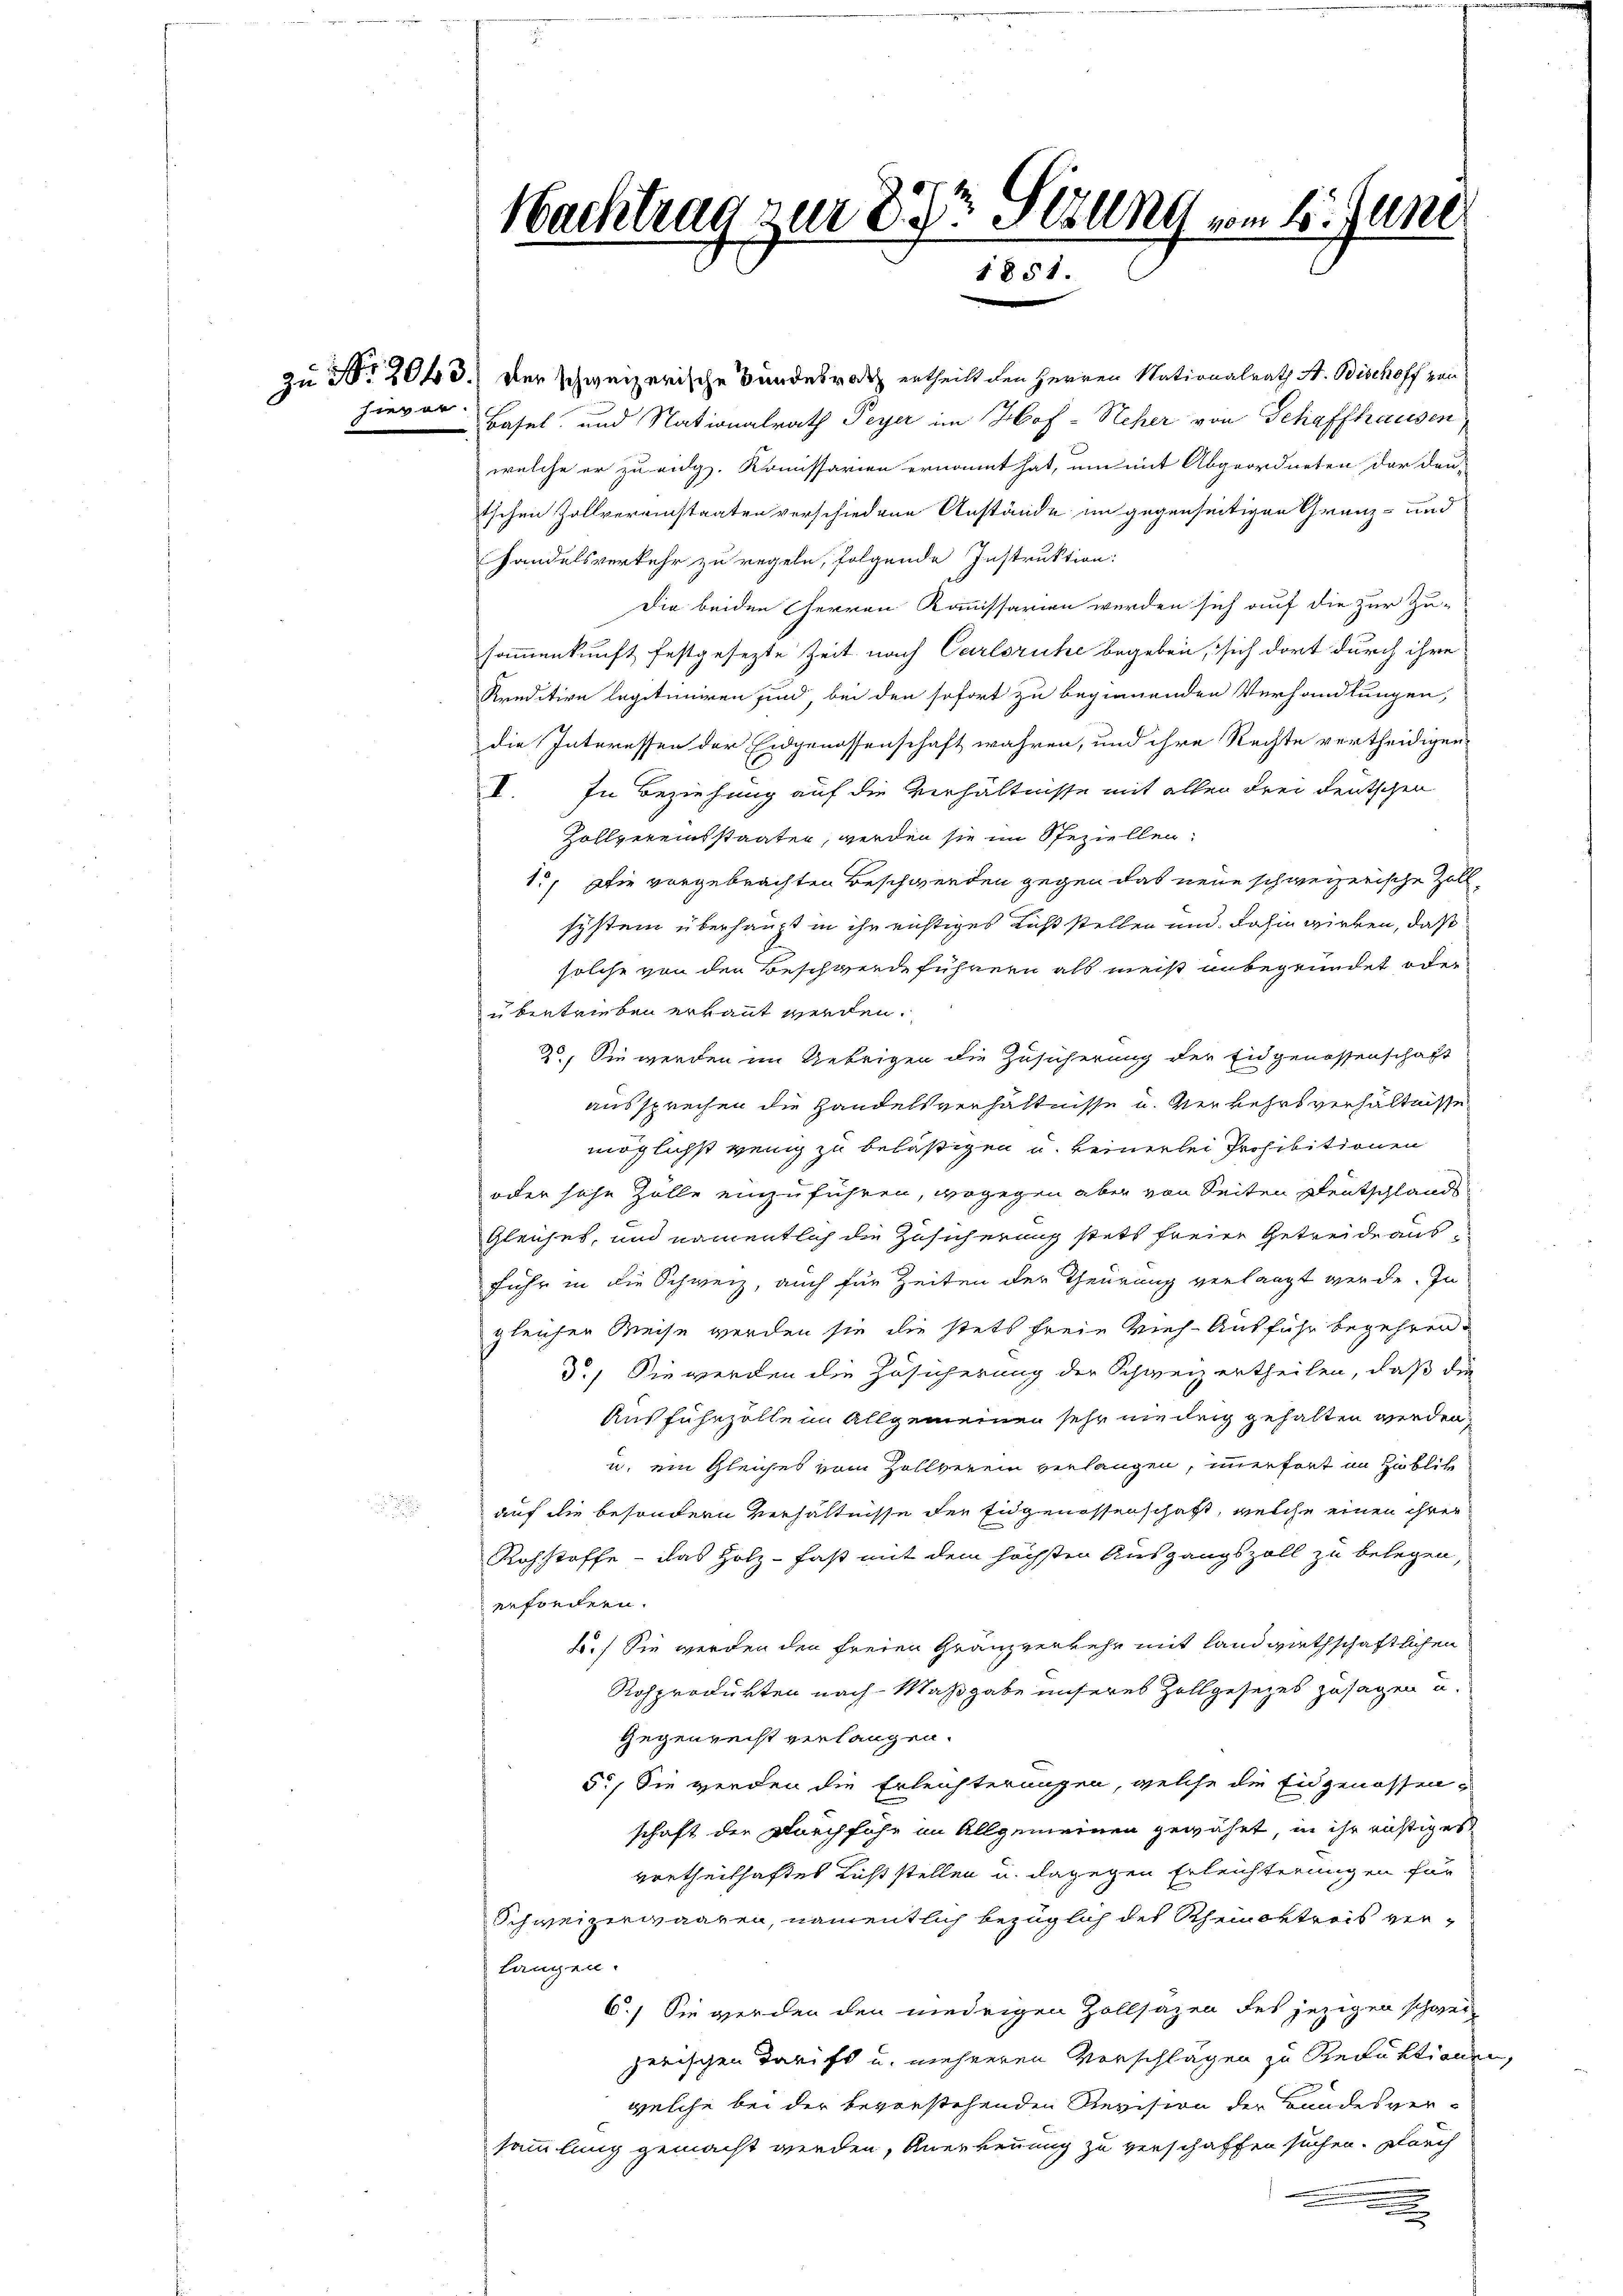
.

hievor Basel und Nationalrath Peyer im Hof-Neher von Schaffhausen,
welche er zu eidg. Kommissarien ernannt hat, um mit Abgeordneten der den
tschen Zollvereinstaaten verschiedene Anstände im gegenseitigen Grenz- und
handelsverkehr zu regeln, folgende Instruktion:
Die beiden Herren Kommissarien werden sich auf die zur Zu-
sammenkunft festgesezte Zeit nach Carlsruhe begeben, sich dort durch ihre
Kreditive legitimiren sind, bei den sofort zu beginnenden Verhandlungen,
die Interessen der Eidgenossenschaft wahren, und ihre Rechte vertheidigen
V. In Beziehung auf die Verhältnisse mit allen drei deutschen
Zollvereinsstaaten, werden sie im Speziellen,
1., Die vorgebrachten Beschwerden gegen das neue schweizerische Zoll
system überhaupt in ihr richtiges Lust stellen und dahin wirken, daß
solche von den Beschwerde führern als meist unbegründet, oder
ubertrieben erkannt werden.
25. Sie werden im Uebrigen die Zusicherung der Eidgenossenschaft
aussprechen die Handelsverhältnisse u. Verkehrsverhältnisse
möglichst wenig zu belästigen u. keinerlei Prohibitionen
oder sehe Zölle einzuführen, wogegen aber von Seiten Deutschlands
Gleiches, und namentlich die Zusicherung stets freier Getreide ausfuhr in die Schweiz, auch für Zeiten der Theurung verlangt werde. In
gleichen Weise werden sie die stets freie Vieh-Ausführ begehren.
3.) Sie werden die Zusicherung der Schweiz ertheilen, daß die
Ausfuhrzölle im Allgemeinen sehr niedrig gehalten werden,
u. ein Gleiches vom Zollverein verlangen, immerfort in Hublik
auf die besondern Verhältnisse der Eidgenossenschaft, welche einen ihrer
Rohstoffe - das Holz - fast mit dem höchsten Ausgangszoll zu belegen
erfordern.
2.) Sie werden den freien Gränzverkehr mit landwirthschaftlichen
Rosprodukten nach Maßgabe unseres Zollgesezes zusagen u.
Gegenrecht verlangen.
5., Sie werden die Erleichterungen, welche die Eidgenossenschaft der Durchfuhr im Allgemeinen gewährt, in ihr richtiges
vertheilhaftes Licht stellen u. dagegen Erleichterungen für
Schweizerwaaren, namentlich bezüglich des Rheinoltreis verlangen.
6.) Sie werden den niedrigen Zollsazen des jezigen schweiz
zerischen Tarift u. mehreren Vorschlägen zu Reduktionen,
welche bei der bevorstehenden Revision der Bandesver-
sammlung gemacht werden, Anerkennung zu verschaffen suchen. Durch

Nachtrag zur Dr Sitzung vom 4. Juni
1851.

Zu Nr. 2043.) Der schweizerische Bundesrath ertheilt den Herren Nationalrath A. Bischoff von